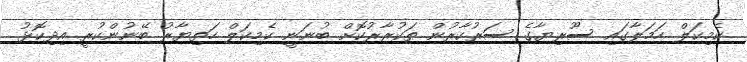
ކެމިކަލް ހަމަލާގައި ސޫރިޔާގެ ސަރުކާރުން ތަކުރާރުކޮށް ބުނަނީ ކެމިކަލް ހަތިޔާރު ބޭނުންކުރީ އިދިކޮޅު